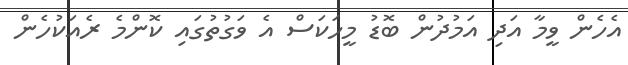
އެހެން ވީމާ އަދި އަމުދުން ބޮޑު މީހަކަސް އެ ވަގުތުގައި ކޮންމެ ރެއަކުހެން